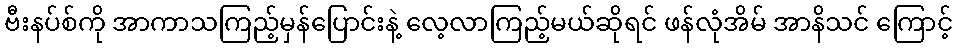
ဗီးနပ်စ်ကို အာကာသကြည့်မှန်ပြောင်းနဲ့ လေ့လာကြည့်မယ်ဆိုရင် ဖန်လုံအိမ် အာနိသင် ကြောင့်